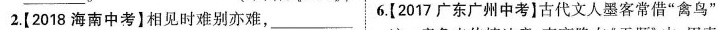
2.[2018海南中考】相见时难别亦难，___ 6.(2017广东广州中考】古代文人墨客常借”禽鸟”